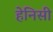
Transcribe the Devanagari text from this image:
हेनिसी